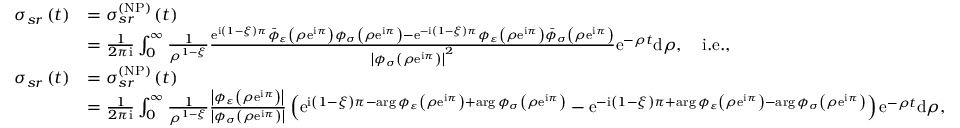
\begin{array} { r l } { \sigma _ { s r } \left( t \right) } & { = \sigma _ { s r } ^ { \left( \mathrm { N P } \right) } \left( t \right) } \\ & { = \frac { 1 } { 2 \pi \mathrm { i } } \int _ { 0 } ^ { \infty } \frac { 1 } { \rho ^ { 1 - \xi } } \frac { \mathrm { e } ^ { \mathrm { i } \left( 1 - \xi \right) \pi } \bar { \phi } _ { \varepsilon } \left( \rho \mathrm { e } ^ { \mathrm { i } \pi } \right) \phi _ { \sigma } \left( \rho \mathrm { e } ^ { \mathrm { i } \pi } \right) - \mathrm { e } ^ { - \mathrm { i } \left( 1 - \xi \right) \pi } \phi _ { \varepsilon } \left( \rho \mathrm { e } ^ { \mathrm { i } \pi } \right) \bar { \phi } _ { \sigma } \left( \rho \mathrm { e } ^ { \mathrm { i } \pi } \right) } { \left\vert \phi _ { \sigma } \left( \rho \mathrm { e } ^ { \mathrm { i } \pi } \right) \right\vert ^ { 2 } } \mathrm { e } ^ { - \rho t } \mathrm { d } \rho , \quad \mathrm { i . e . , } } \\ { \sigma _ { s r } \left( t \right) } & { = \sigma _ { s r } ^ { \left( \mathrm { N P } \right) } \left( t \right) } \\ & { = \frac { 1 } { 2 \pi \mathrm { i } } \int _ { 0 } ^ { \infty } \frac { 1 } { \rho ^ { 1 - \xi } } \frac { \left\vert \phi _ { \varepsilon } \left( \rho \mathrm { e } ^ { \mathrm { i } \pi } \right) \right\vert } { \left\vert \phi _ { \sigma } \left( \rho \mathrm { e } ^ { \mathrm { i } \pi } \right) \right\vert } \left( \mathrm { e } ^ { \mathrm { i } \left( 1 - \xi \right) \pi - \arg \phi _ { \varepsilon } \left( \rho \mathrm { e } ^ { \mathrm { i } \pi } \right) + \arg \phi _ { \sigma } \left( \rho \mathrm { e } ^ { \mathrm { i } \pi } \right) } - \mathrm { e } ^ { - \mathrm { i } \left( 1 - \xi \right) \pi + \arg \phi _ { \varepsilon } \left( \rho \mathrm { e } ^ { \mathrm { i } \pi } \right) - \arg \phi _ { \sigma } \left( \rho \mathrm { e } ^ { \mathrm { i } \pi } \right) } \right) \mathrm { e } ^ { - \rho t } \mathrm { d } \rho , } \end{array}